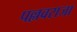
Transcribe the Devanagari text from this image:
पल्लवराजा